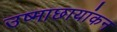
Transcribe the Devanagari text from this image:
उष्माछायांकन